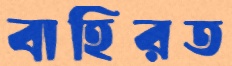
বাহিরত